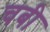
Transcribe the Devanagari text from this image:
चबी